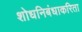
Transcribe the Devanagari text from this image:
शोधनिबंधाकरिता